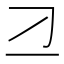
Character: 𬺴